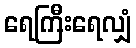
ရေကြီးရေလျှံ